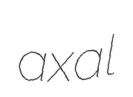
axal